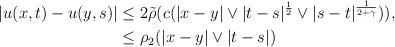
LaTeX: \begin{align*} |u(x,t)-u(y,s)|&\le 2 \tilde\rho(c(|x-y|\vee |t-s|^{\frac 12}\vee |s-t|^{\frac{1}{2+\gamma}})),\\ &\le \rho_2(|x-y|\vee |t-s|) \end{align*}